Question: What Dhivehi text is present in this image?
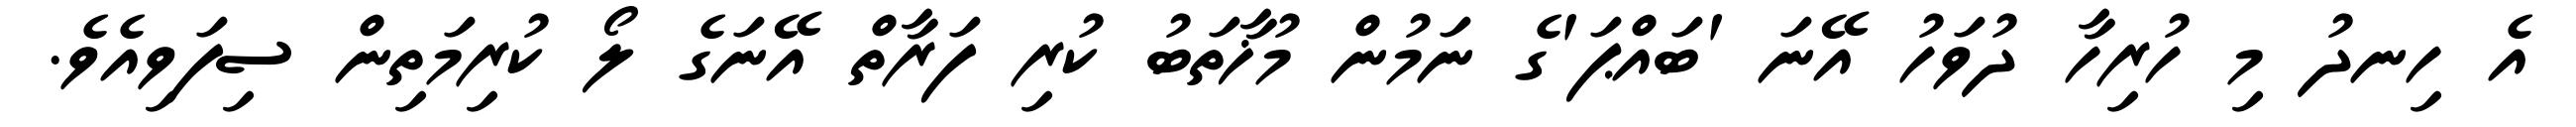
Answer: އެ ހިނދު މި ހުރިހާ ދުވަހު އޭނަ 'ބައްޕަ'ގެ ނަމުން މުޚާތަބު ކުރި ފަރާތް އޭނަގެ ލޯ ކުރިމަތިން ސިފަވިއެވެ.